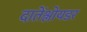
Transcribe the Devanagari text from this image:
दातेंश्लोयडर